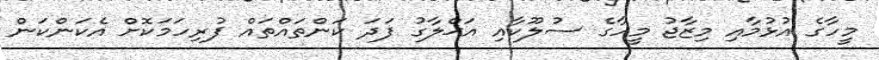
މީހާގެ އުޅުމާއި މިޒާޖު މީހާގެ ސުލޫކާއި އަޚްލާގު ފަދަ ކަންތައްތައް ފުރިހަމަކޮށް އެކަންކަން